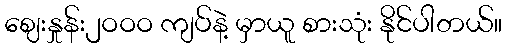
ဈေးနှုန်း၂ဝဝဝ ကျပ်နဲ့ မှာယူ စားသုံး နိုင်ပါတယ်။